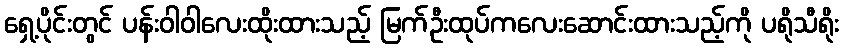
ရှေ့ပိုင်းတွင် ပန်းဝါဝါလေးထိုးထားသည့် မြက်ဦးထုပ်ကလေးဆောင်းထားသည့်ကို ပရိုသီရိုး